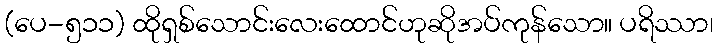
(ပေ-၅၁၁) ထိုရှစ်သောင်းလေးထောင်ဟုဆိုအပ်ကုန်သော။ ပရိဿာ၊